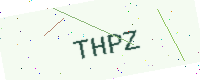
Text: THPZ